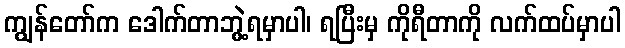
ကျွန်တော်က ဒေါက်တာဘွဲ့ရမှာပါ၊ ရပြီးမှ ကိုရီတာကို လက်ထပ်မှာပါ